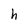
Character: h